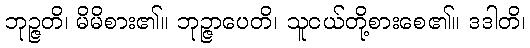
ဘုဉ္ဇတိ၊ မိမိစား၏။ ဘုဉ္ဇာပေတိ၊ သူငယ်တို့စားစေ၏။ ဒဒါတိ၊